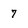
Character: 7